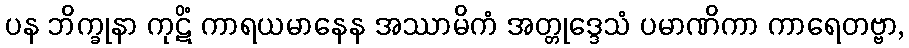
ပန ဘိက္ခုနာ ကုဋိံ ကာရယမာနေန အဿာမိကံ အတ္တုဒ္ဒေသံ ပမာဏိကာ ကာရေတဗ္ဗာ,